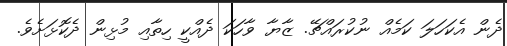
ދެން އެކަހަލަ ކަމެއް ނުކުރައްޗޭ. ޒާޔާ ވާހަކަ ދެއްކީ ހިތާއި މުޅިން ދެކޮޅަށެވެ.